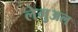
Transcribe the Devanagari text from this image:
लेमुअल